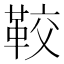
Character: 𩊔